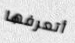
أتعرفها